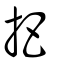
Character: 把